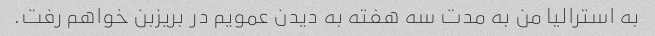
به استرالیا من به مدت سه هفته به دیدن عمویم در بریزبن خواهم رفت.